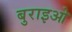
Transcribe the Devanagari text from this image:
बुराइओ